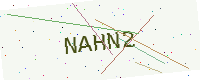
Text: NAHN2